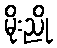
မိုးညို